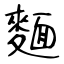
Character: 麵